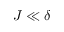
J \ll \delta